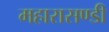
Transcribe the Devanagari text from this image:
महारासण्डी